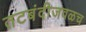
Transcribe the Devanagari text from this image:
तटबंदीजवळच